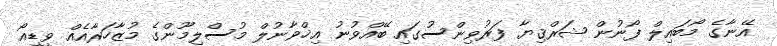
އޭނާގެ މޯބައިލް ފޯނުން ޝަރްޤިޔާ ފަރުވިންސުގައި ބޭއްވުނު އިޚްވާނުލް މުސްލިމޫންގެ މުޒާހަރާއެއް ވީޑިއޯ